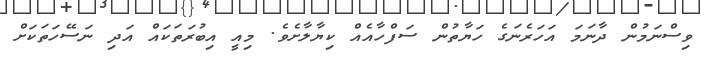
ވިސްނަމުން ދާނަމަ އަހަރެނަގެ ހަޔާތުން ސަފްހާއެއް ކިޔާލާށެވެ. މިއީ އިބުރަތަކައް އަދި ނަސޭހަތަކަށް